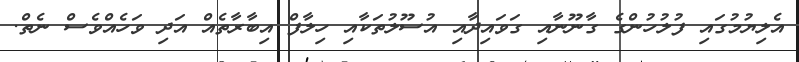
އެލިޔުމުގައި ފުލުހުންގެ ގާނޫނާއި ގަވައިދާއި އުސޫލުތަކާއި ހިލާފް އިބާރާތެެއް އަދި ވަހެއްވެސް ނެތް.